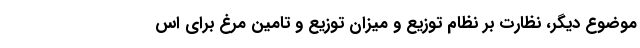
موضوع دیگر، نظارت بر نظام توزیع و میزان توزیع و تامین مرغ برای اس